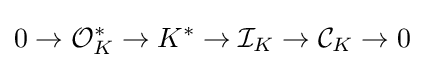
0\to {\mathcal {O}}_{K}^{*}\to K^{*}\to {\mathcal {I}}_{K}\to {\mathcal {C}}_{K}\to 0